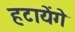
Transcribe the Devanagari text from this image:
हटायेंगे